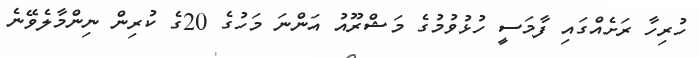
ހުރިހާ ރަށެއްގައި ފާމަސީ ހުޅުވުމުގެ މަޝްރޫއު އަންނަ މަހުގެ 20ގެ ކުރިން ނިންމާލެވޭނެ